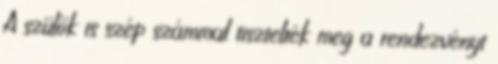
A szülők is szép számmal tisztelték meg a rendezvényt